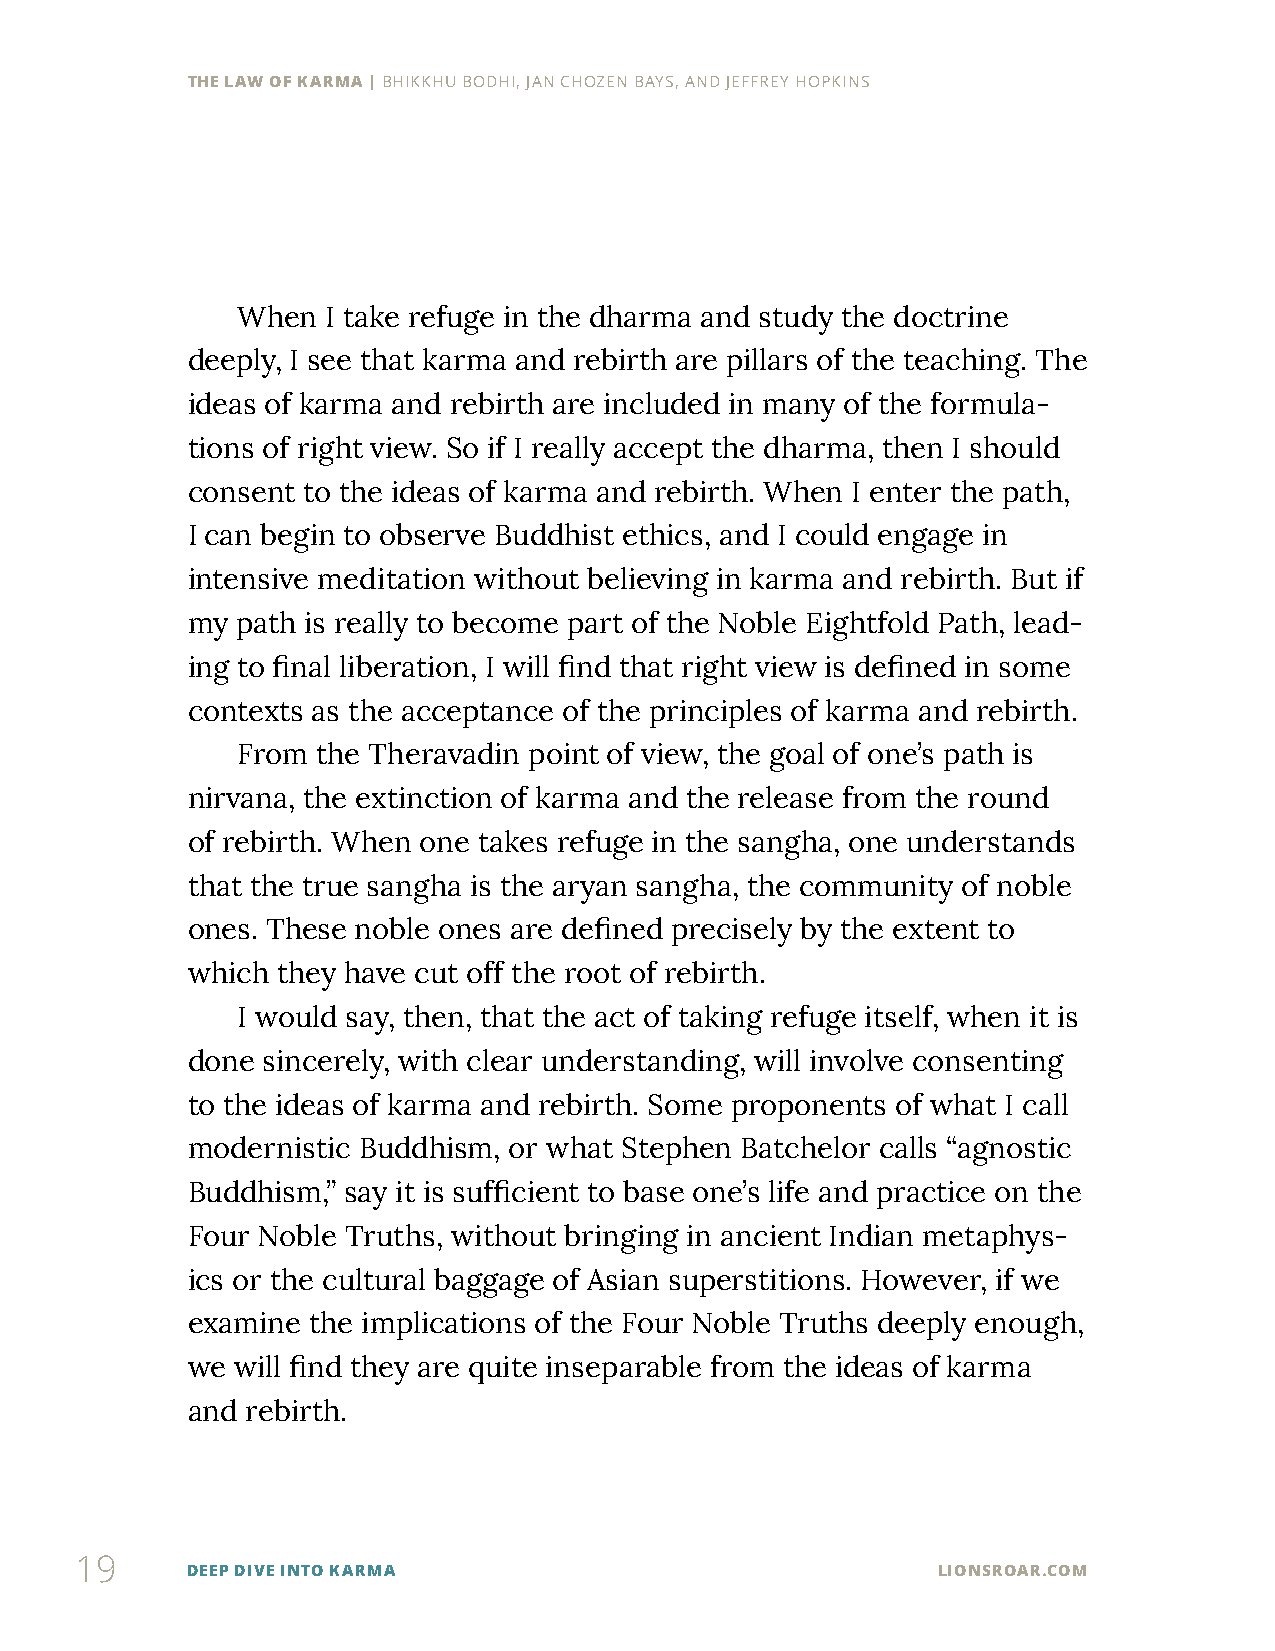
THE LAW OF KARMA | BHIKKHU BODHI, JAN CHOZEN BAYS, AND JEFFREY HOPKINS
 When  I take refuge in the dharma and study the doctrine
 deeply, I see that karma and rebirth are pillars of the teaching. The
 ideas of karma and rebirth are included in many of the formula-
 tions of right view. So if I really accept the dharma, then I should
 consent to the ideas of karma and rebirth. When I enter the path,
 I can begin to observe Buddhist ethics, and I could engage in
 intensive meditation without believing in karma and rebirth. But if
 my  path is really to become part of the Noble Eightfold Path, lead-
 ing to final liberation, I will find that right view is defined in some
 contexts as the acceptance of the principles of karma and rebirth.
 From the Theravadin point of view, the goal of one’s path is
 nirvana, the extinction of karma and the release from the round
 of rebirth. When one takes refuge in the sangha, one understands
 that the true sangha is the aryan sangha, the community of noble
 ones. These noble ones are defined precisely by the extent to
 which they have cut off the root of rebirth.
 I would say, then, that the act of taking refuge itself, when it is
 done sincerely, with clear understanding, will involve consenting
 to the ideas of karma and rebirth. Some proponents of what I call
 modernistic Buddhism, or what Stephen Batchelor calls “agnostic
 Buddhism,” say it is sufficient to base one’s life and practice on the
 Four Noble Truths, without bringing in ancient Indian metaphys-
 ics or the cultural baggage of Asian superstitions. However, if we
 examine the implications of the Four Noble Truths deeply enough,
 we will find they are quite inseparable from the ideas of karma
 and rebirth.
 19
 DEEP DIVE INTO KARMA                              LIONSROAR.COM